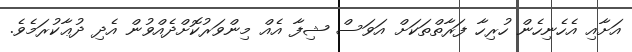
އަށާއި އެހެނިހެން ހުރިހާ ފަރާތްތަކަށް އަވަސް ޝިފާ އެއް މިންވަރުކޮށްދެއްވުން އެދި ދުޢާކުރަމެވެ.